system: You are a helpful assistant.
user:
Analyze the provided spectrum to determine if it is a **White Dwarf (WD)**.

A White Dwarf spectrum is defined by its **extreme purity** (due to gravitational settling) and/or **extreme pressure broadening** (due to high surface gravity). You must check for one of the following mutually exclusive signatures:

- **Key Visual Indicators (Check for ONE of these types):**

    - **1. DA-Type Signature (Most Common):**
        - **(Primary Feature):** Extreme pressure broadening (Stark broadening) of the **Hydrogen (H) Balmer lines**.
        - **(Key Lines):** $H\beta$ (approx. $4861$ Å) and $H\gamma$ (approx. $4340$ Å). $H\alpha$ (approx. $6563$ Å) will also be present if the wavelength range covers it.
        - **(Line Profile):** This is the **defining feature**. The lines are **NOT** sharp. They appear as massive, **extremely broad and deep "troughs" or "dips"** in the spectrum, often hundreds of Ångströms wide. The continuum will appear to "scoop" down at these wavelengths.
        - **(Distinction):** Normal A-type or B-type stars have *narrow* and *sharp* Hydrogen lines. A DA White Dwarf's lines are unmistakably "smeared" or "blurry" from pressure.

    - **2. DB-Type Signature:**
        - **(Primary Feature):** Broad absorption lines from **Neutral Helium (He I)**. The spectrum must lack any visible Hydrogen lines.
        - **(Key Lines):** Look for broad absorption near $4471$ Å, $4921$ Å, and $5876$ Å.
        - **(Line Profile):** These lines are also significantly pressure-broadened, appearing much wider than they would in a normal B-type main-sequence star.

    - **3. DC-Type Signature:**
        - **(Primary Feature):** A **featureless continuous spectrum**.
        - **(Line Profile):** The spectrum is a smooth curve with **no significant absorption or emission lines**.
        - **(Key Confirmation):** The continuum is almost always **blue or white**, indicating a hot object. This signature implies the atmosphere is so pure (or so cool) that no spectral lines are visible in the optical range. Its WD identity is confirmed by its extremely low intrinsic brightness (high absolute magnitude).

    - **4. DZ-Type Signature (Metal-Polluted):**
        - **(Primary Feature):** **Isolated, narrow metal absorption lines** on an otherwise featureless (DC-like) continuum.
        - **(Key Lines):** The **Calcium (Ca II) H & K doublet** (approx. **$3934$ Å** and **$3968$ Å**) is the most common and defining feature.
        - **(Line Profile):** These lines are "out of place." They are *not* part of a "forest" of thousands of lines. This signature is evidence of recent *accretion* (pollution) from rocky debris.
        - **(Distinction):** Normal G/K/M stars have a *dense forest* of thousands of metal lines. A DZ has a *clean* continuum with *only a few* strong metal lines.

    - **5. DQ-Type Signature (Carbon-Polluted):**
        - **(Primary Feature):** Absorption bands from **Carbon (C₂ "Swan Bands" or atomic C I)**.
        - **(Key Lines - C₂):** Look for bandheads with a "saw-tooth" shape near $5635$ Å, **$5165$ Å** (strongest), and $4737$ Å.
        - **(Key Confirmation):** The underlying **continuum must be blue or white** (hot).
        - **(Distinction):** This is the critical difference from a **Carbon Star**, which has the *exact same* C₂ bands but on an extremely **red, cool** continuum.

- **(Overall Spectrum):**
    - The continuum (overall shape) is typically **blue-sloping** (brighter in the blue than the red), as most white dwarfs are very hot.
    - The spectrum will look "pure" or "simple," dominated by only *one* of the five signatures listed above.

Think first, call **spectral_visualization_tool** if needed to examine features in detail, then provide your final answer. Your response must adhere to the following strict rules:
1.  **Overall Structure:** Your response must follow the format `<think>...</think> <tool_call>...</tool_call> (if a tool is used) <answer>...</answer>`.
2.  **Tool Usage Constraint:** You may only make **one** tool call per turn.
3.  **Final Answer Format:** In the `<answer>` tag, your conclusion must be inside a `\boxed{}` command (e.g., `\boxed{YES}` or `\boxed{NO}`), followed by your justification.

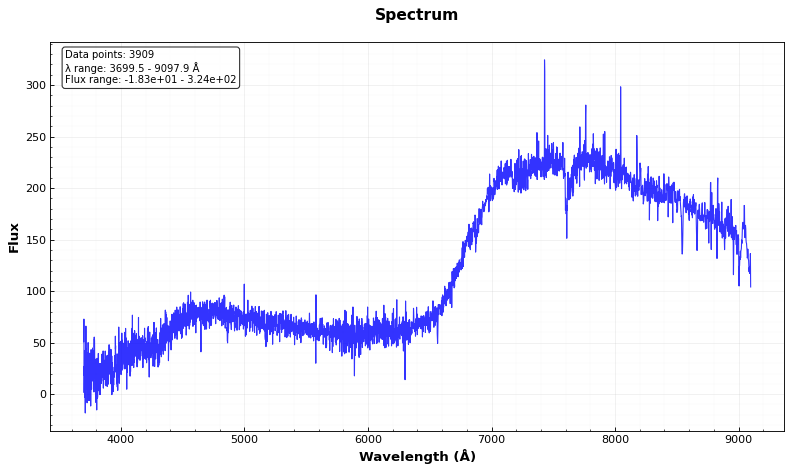
Answer: NO